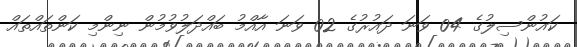
ކައުންސިލުގެ 04 ވަނަ ދައުރުގެ 02 ވަނަ އާއްމު ބައްދަލުވުމުން ނިންމި ކަންތައްތައް